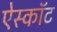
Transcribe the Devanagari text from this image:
ऐस्कॉट